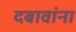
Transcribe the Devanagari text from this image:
दबावांना